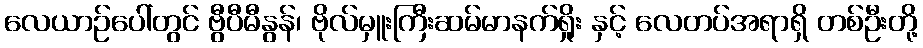
လေယာဉ်ပေါ်တွင် ဗွီပီမီနွန်၊ ဗိုလ်မှူးကြီးဆမ်မာနက်ရှိုး နှင့် လေတပ်အရာရှိ တစ်ဦးတို့